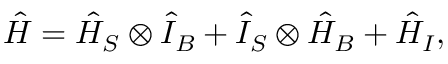
{ \hat { H } } = { \hat { H } } _ { S } \otimes { \hat { I } } _ { B } + { \hat { I } } _ { S } \otimes { \hat { H } } _ { B } + { \hat { H } } _ { I } ,